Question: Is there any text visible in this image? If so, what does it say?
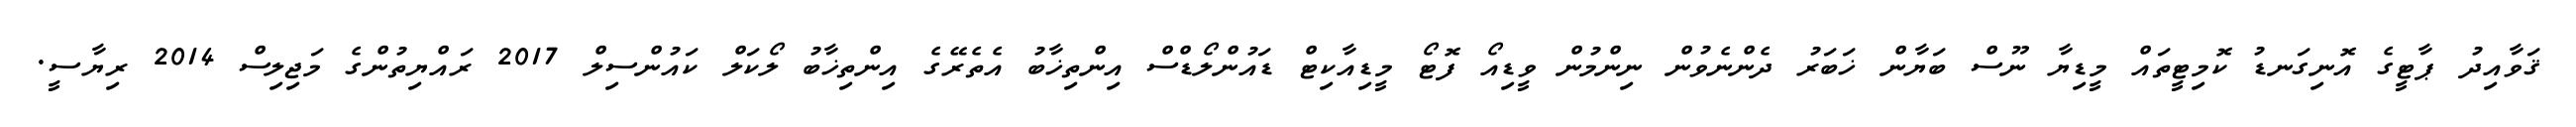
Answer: ޤަވާއިދު ޕާޓީގެ އޮނިގަނޑު ކޮމިޓީތައް މީޑިޔާ ނޫސް ބަޔާން ޚަބަރު ދެންނެވުން ނިންމުން ވީޑިއޯ ފޮޓޯ މީޑިއާކިޓް ޑައުންލޯޑްސް އިންތިޚާބު އެތެރޭގެ އިންތިޚާބު ލޯކަލް ކައުންސިލް 2017 ރައްޔިތުންގެ މަޖިލިސް 2014 ރިޔާސީ.